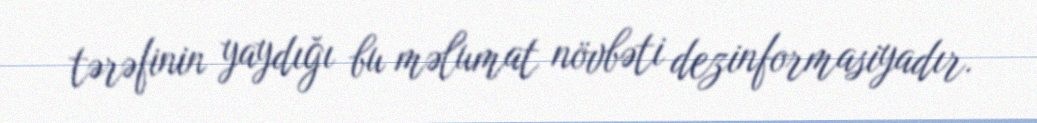
tərəfinin yaydığı bu məlumat növbəti dezinformasiyadır.